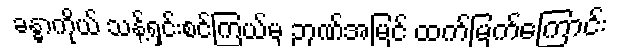
ခန္ဓာကိုယ် သန့်ရှင်းစင်ကြယ်မှ ဉာဏ်အမြင် ထက်မြက်ကြောင်း